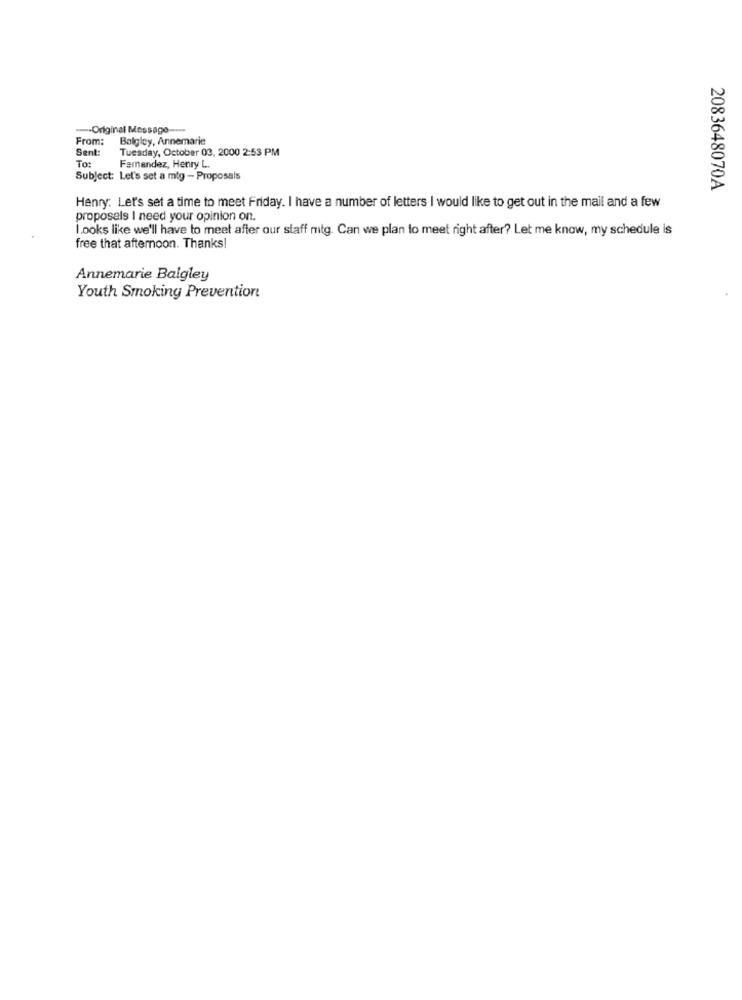
-- Original Message
From:
Balgley, Annemarie
Sent:
Tuesday, October 03, 2000 2:53 PM
To:
Fernandez, Henry L.
Subject: Let's set a mig - Proposals
2083648070A
Henry: Let's set a time to meet Friday. I have a number of letters I would like to get out in the mail and a few
proposals I need your opinion on.
looks like we'll have to meet after our staff mtg. Can we plan to meet right after? Let me know, my schedule is
free that afternoon. Thanks!
Annemarie Balgley
Youth Smoking Prevention